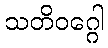
သတိဝဂ္ဂေါ